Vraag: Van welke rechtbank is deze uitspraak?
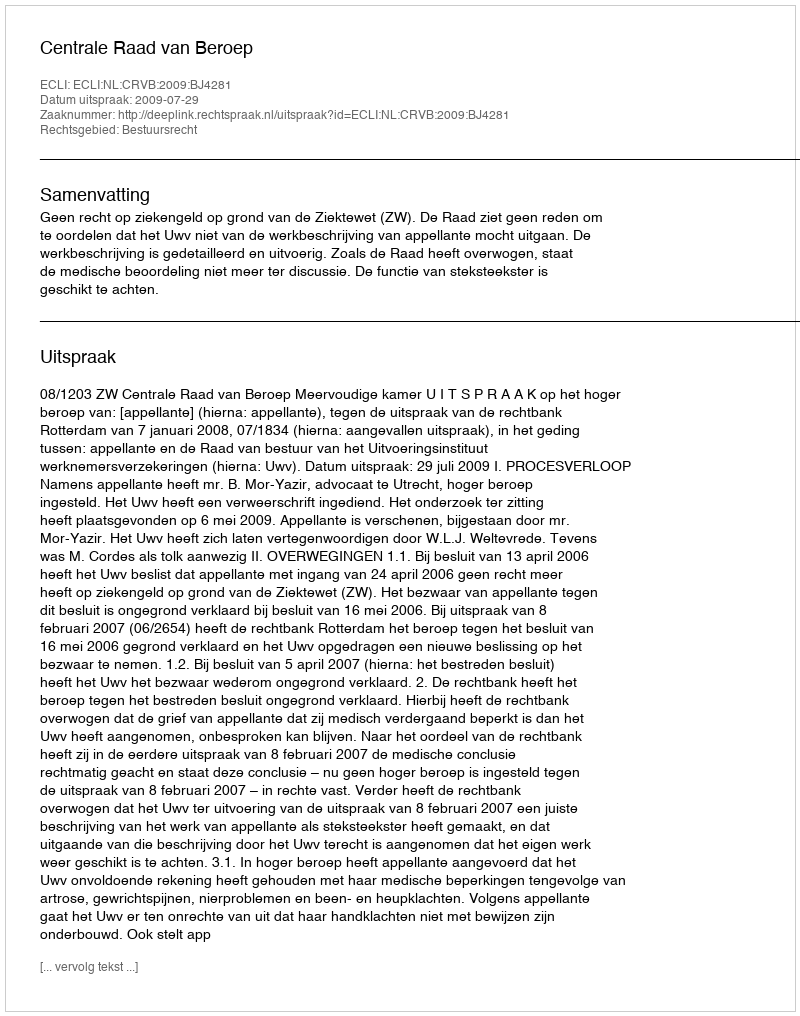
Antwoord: Centrale Raad van Beroep